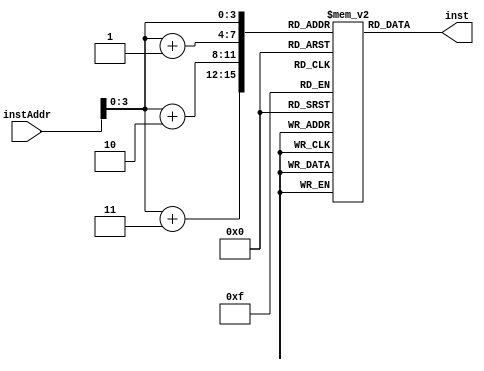
module instructionMemory(
  input [63:0] instAddr,
  output reg [31:0] inst);
  
  reg [7:0] instMem [15:0];
//   reg [3:0] addr;
  initial
    begin
      instMem[0] = 8'b10000011;
      instMem[1] = 8'b00110100;
      instMem[2] = 8'b00000101;
      instMem[3] = 8'b00001111;
      instMem[4] = 8'b10110011;
      instMem[5] = 8'b10000100;
      instMem[6] = 8'b10011010;
      instMem[7] = 8'b00000000;
      instMem[8] = 8'b10010011;
      instMem[9] = 8'b10000100;
      instMem[10] = 8'b00010100;
      instMem[11] = 8'b00000000;
      instMem[12] = 8'b00100011;
      instMem[13] = 8'b00111000;
      instMem[14] = 8'b10010101;
      instMem[15] = 8'b00001110;
    end
  
  always @ (instAddr)
    begin
//       addr = instAddr[3:0];
//       addr = addr + 3;
      inst[31:24] = instMem[instAddr + 3];
      inst[23:16] = instMem[instAddr + 2];
      inst[15:8] = instMem[instAddr + 1];
      inst[7:0] = instMem[instAddr];
    end
endmodule